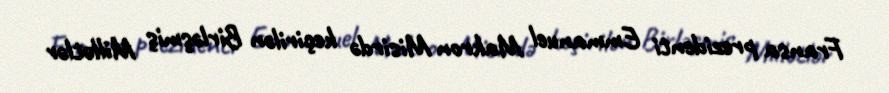
Fransa prezidenti Emmanuel Makron Misirdə keçirilən Birləşmiş Millətlər